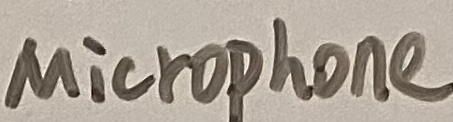
Text: Microphone